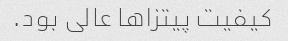
کیفیت پیتزا‌ها عالی بود.